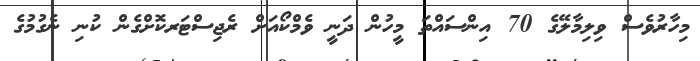
މިހާރުވެސް ވިިލިމާލޭގެ 70 އިންސައްތަ މީހުން ދަނީ ވެމްކޯއަށް ރެޖިސްޓަރކޮށްގެން ކުނި ނެގުމުގެ